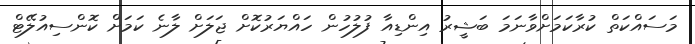
މަސައްކަތް ކުރާކަމަށްވާނަމަ ބަޝީރު އިންޑިއާ ފުލުހުން ހައްޔަރުކޮށް ޖަލަށް ލާނެ ކަމަށް ކޮންސިއުލޭޓް